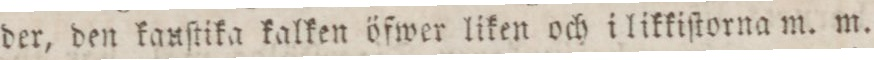
der, den kauſtika kalken öfwer liken och i likkiſtorna m. m.